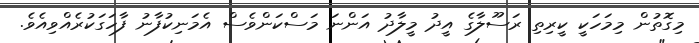
މިގޮތުން މިމަހަކީ ކީރިތި ރަސޫލާގެ އީދު މީލާދު އަންނަ މަސްކަންވެސް އެމަނިކުފާނު ފާހަގަކުރެއްވިއެވެ.